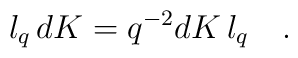
l_{q} \, dK = q^{-2} dK \, l_{q} \quad.